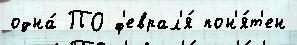
одна́ ПО ф'еврал'я́ пон'я́т'ен